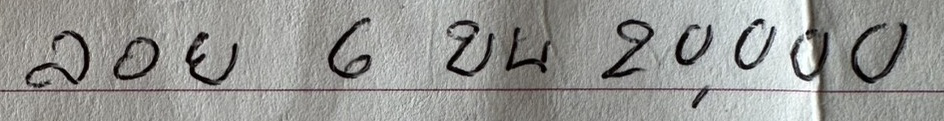
ลอย 6 บน 20,000